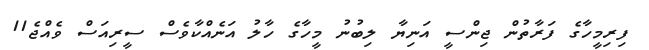
ފިރިމީހާގެ ފަރާތުން ޖިންސީ އަނިޔާ ލިބުނު މީހާގެ ހާލު އަނެއްކާވެސް ސީރިއަސް ވެއްޖެ11